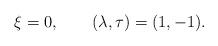
LaTeX: \begin{gather*}\xi=0,\qquad(\lambda,\tau) =(1,-1) .\end{gather*}